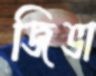
জিভা